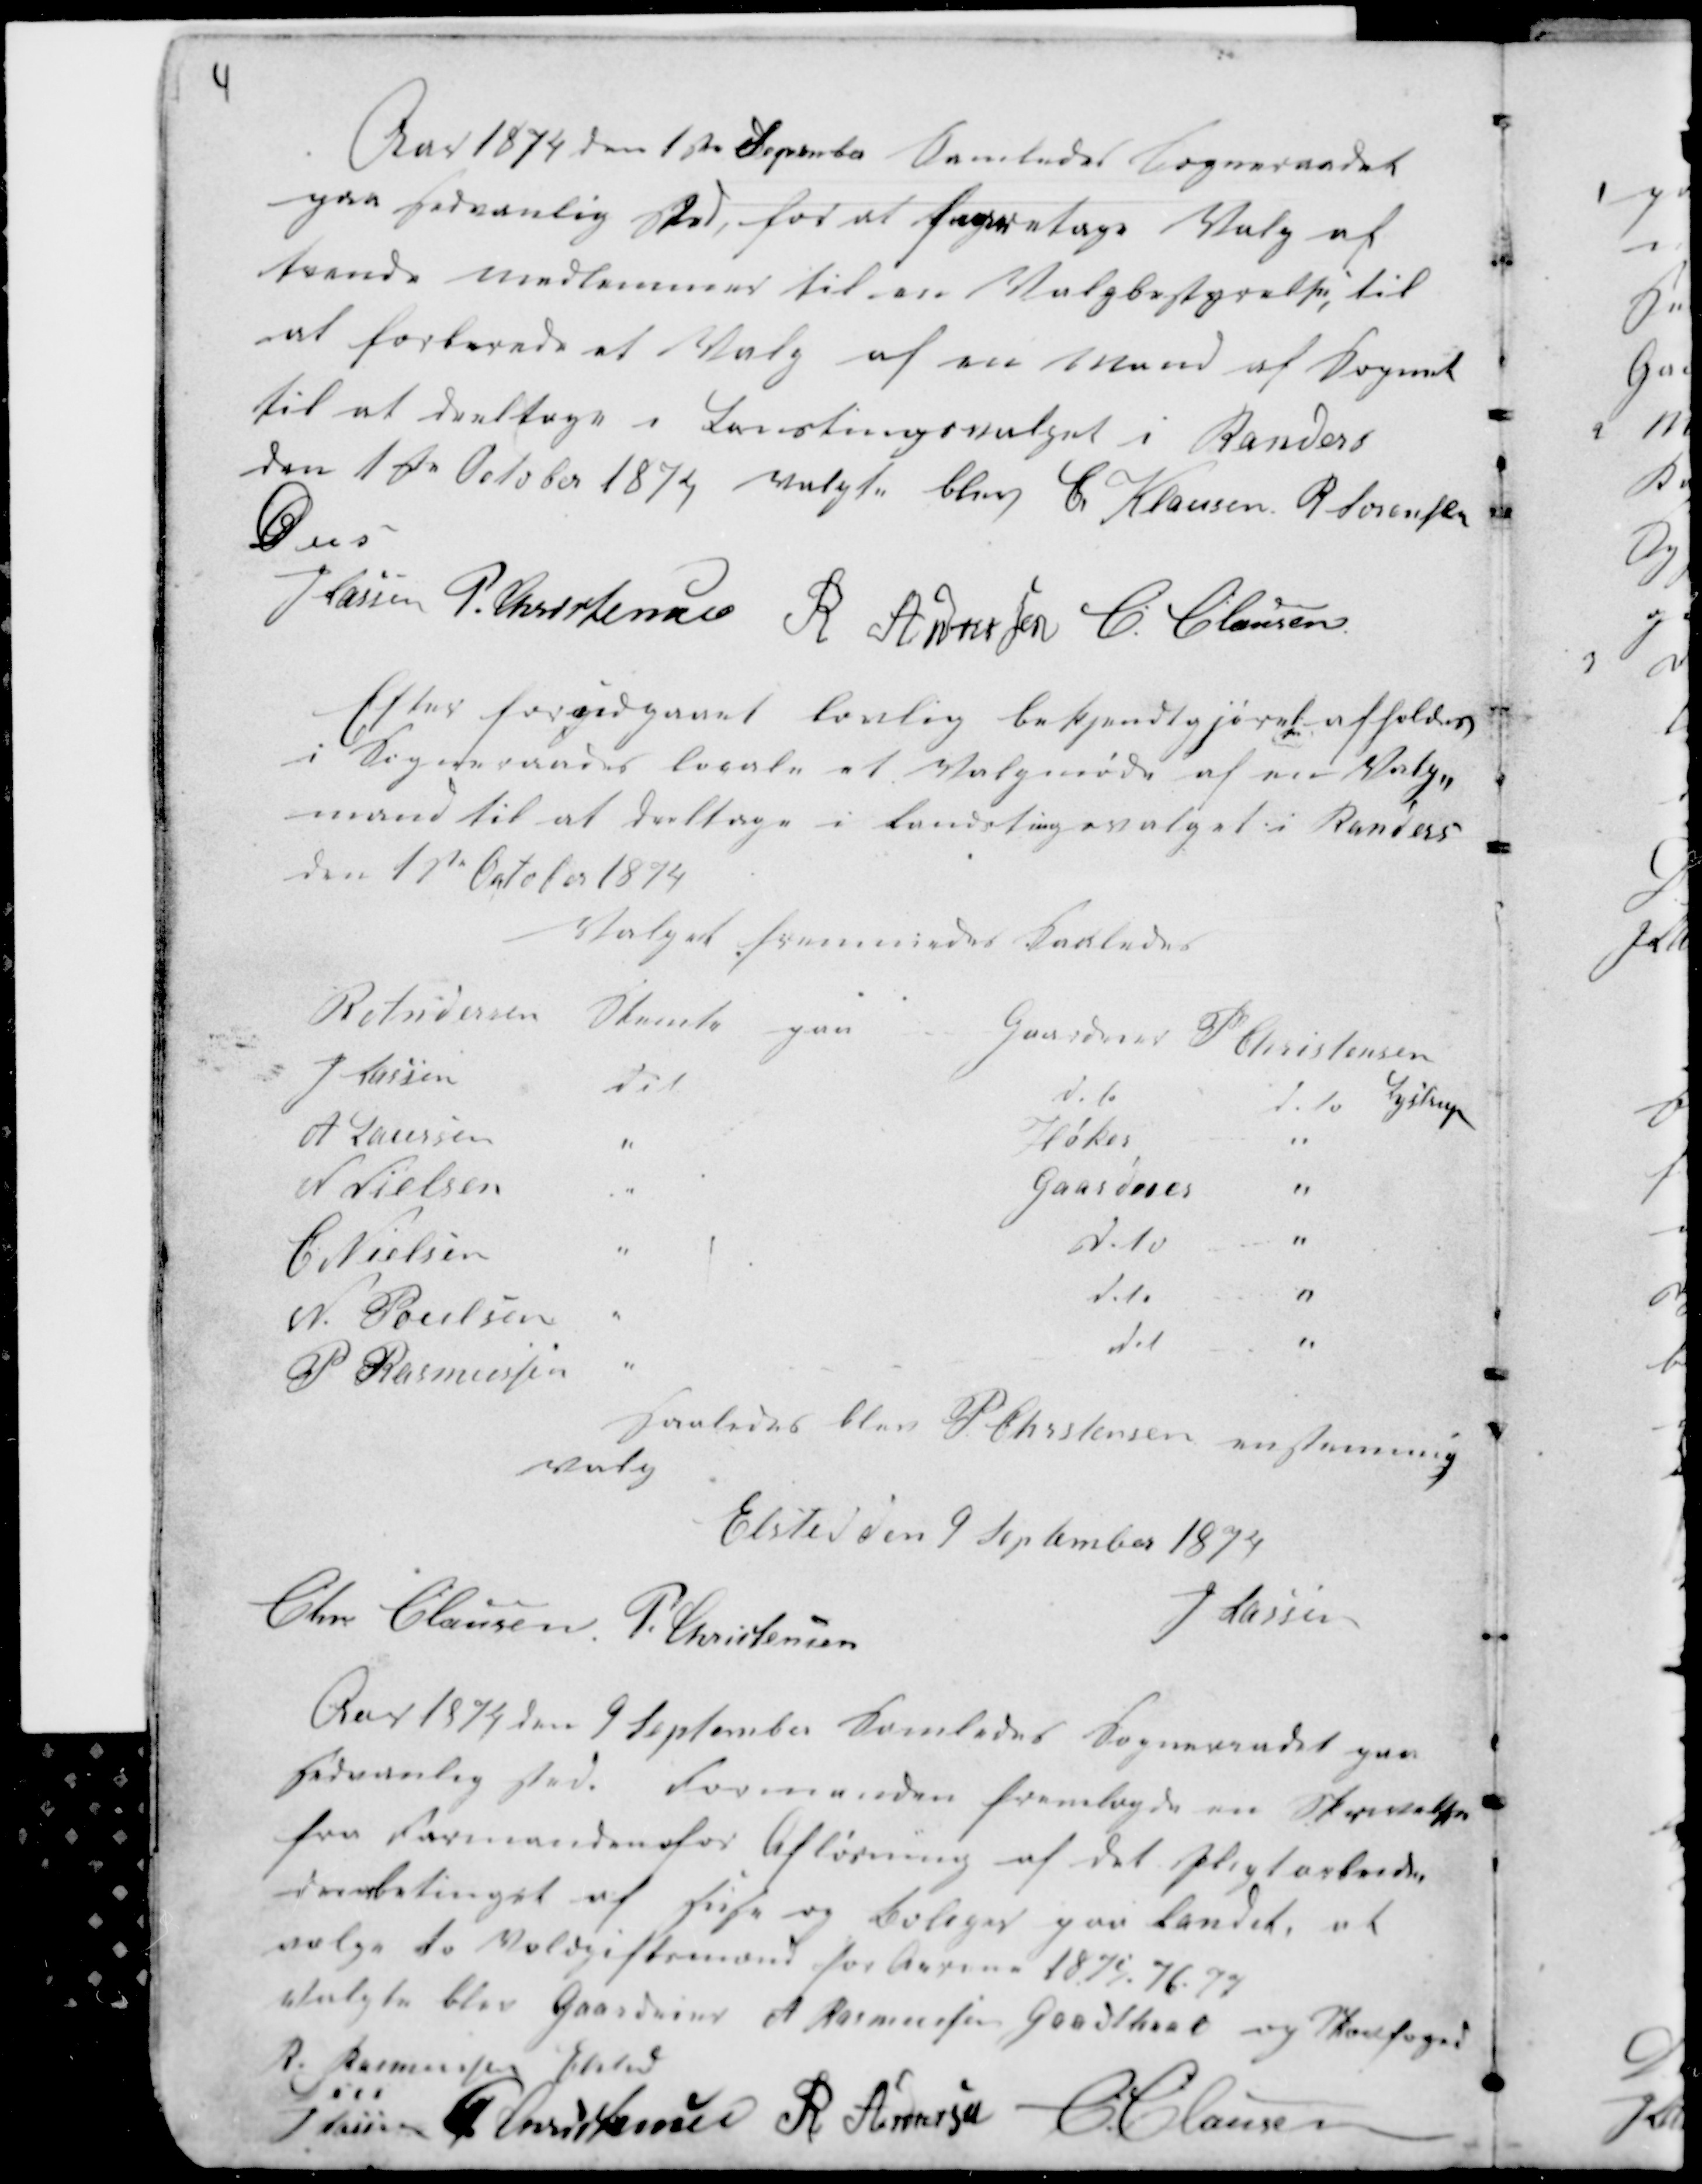
Transskription:
4

Aar 1874 den 1ste September samledes Sogneraadet
paa sædvanlig Sted for at foretage Valg af
tvende Medlemmer til en Valgbestyrelse til
at forberede et Valg af en Mand af Sognet
til at deeltage i Lanstingsvalget i Randers
den 1ste October 1874 valgte blev C Klausen. R Sørensen
D u s
H Lassen P. Christensen R Andersen C. Clausen

Efter forudgaaet lovlig bekjendtgjørel
se
afholdes
i Sogneraadets locale et Valgmøde af en Valge
mand til at deeltage i Landstingsvalget i Randers
den 1ste October 1874

Valget .........indes Saaledes

Saaledes blev P Christensen enstemmig
Valg
Elsted den 9 September 1874
Chr Clausen P. Christensen
H Lassen

Aar 1874 den 9 September samledes Sogneraadet paa
sædvanlig Sted. Formanden fremlagde en Skrivelse
fra Formanden for Afløsning af det Pligtarbeide
der betinget af Huse og Boliger paa Landet, at
vælge to Voldgiftsmænd for Aarene 1875.76.77
valgte blev Gaardeier A Rasmussen Goodthaab og Skovfoged
R. Rasmussen Elsted
H Lassen P Christensen R Andersen
C Clausen